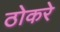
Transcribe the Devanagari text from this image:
ठोकरे